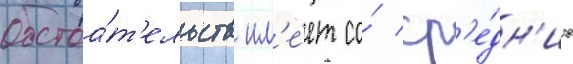
обстоа́т'ельств им'е́ет со́ ср'е́дн'их